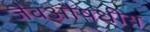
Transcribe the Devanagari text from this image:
जैवऔषधीय